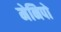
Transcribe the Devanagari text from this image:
मेनिपो